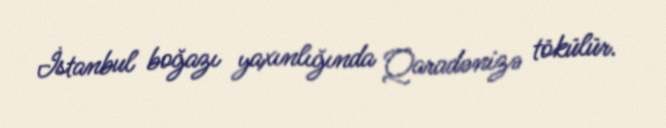
İstanbul boğazı yaxınlığında Qaradənizə tökülür.